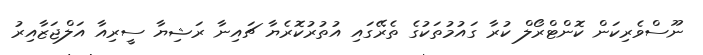
ނޫސްވެރިކަން ކޮންޓްރޯލް ކުރާ ގައުމުތަކުގެ ތެރޭގައި އުތުރުކޮރެޔާ ޗައިނާ ރަޝިޔާ ސީރިއާ އަލްޖަޒާއިރު